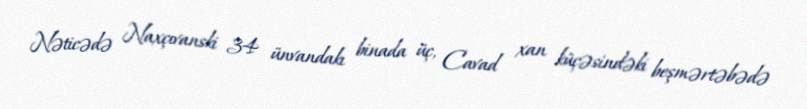
Nəticədə Naxçıvanski 34 ünvandakı binada üç, Cavad xan küçəsindəki beşmərtəbədə